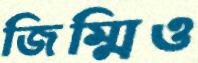
জিম্মিও